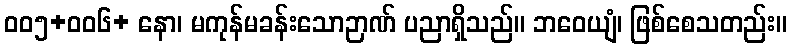
၀၀၅+၀၀၆+ နော၊ မကုန်မခန်းသောဉာဏ် ပညာရှိသည်။ ဘဝေယျံ၊ ဖြစ်စေသတည်း။